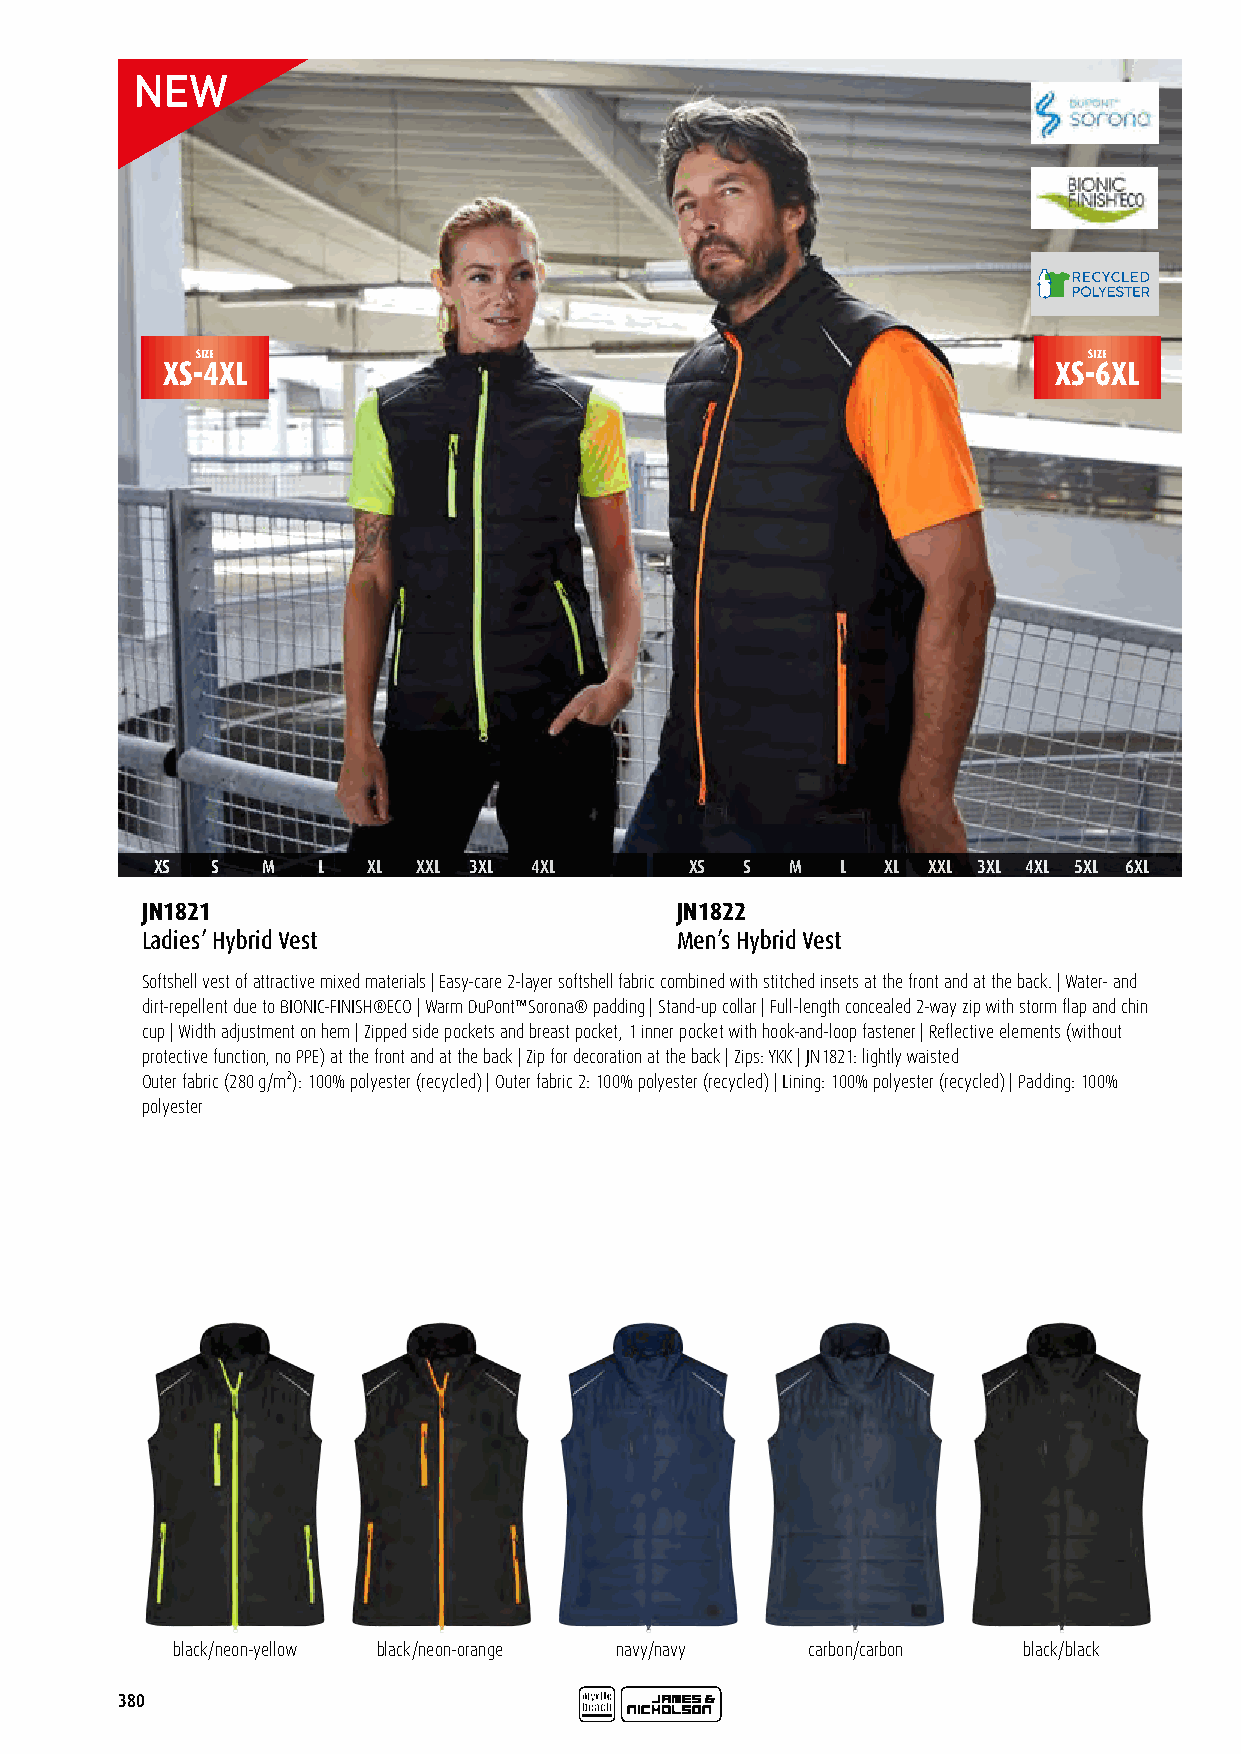
SIZE                                                       SIZE
 XS-4XL                                                     XS-6XL
 XS  S  M   L  XL  XXL 3XL 4XL       XS S  M   L  XL XXL 3XL 4XL 5XL 6XL
 JN1821                              JN1822
 Ladies’ Hybrid Vest                 Men’s Hybrid Vest
 Softshell vest of attractive mixed materials | Easy-care 2-layer softshell fabric combined with stitched insets at the front and at the back. | Water- and
 dirt-repellent due to BIONIC-FINISH®ECO | Warm DuPont™Sorona® padding | Stand-up collar | Full-length concealed 2-way zip with storm flap and chin
 cup | Width adjustment on hem | Zipped side pockets and breast pocket, 1 inner pocket with hook-and-loop fastener | Reflective elements (without
 protective function, no PPE) at the front and at the back | Zip for decoration at the back | Zips: YKK | JN1821: lightly waisted
 Outer fabric (280 g/m²): 100% polyester (recycled) | Outer fabric 2: 100% polyester (recycled) | Lining: 100% polyester (recycled) | Padding: 100%
 polyester
 black/neon-yellow black/neon-orange navy/navy carbon/carbon black/black
 380